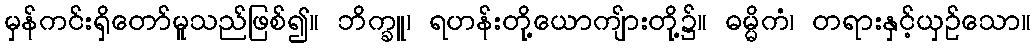
မှန်ကင်းရှိတော်မူသည်ဖြစ်၍။ ဘိက္ခူ၊ ရဟန်းတို့ယောကျ်ားတို့၌။ ဓမ္မိကံ၊ တရားနှင့်ယှဉ်သော။